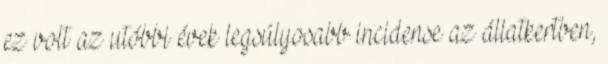
ez volt az utóbbi évek legsúlyosabb incidense az állatkertben,